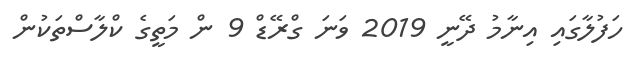
ހަފުލާގައި އިނާމު ދޭނީ 2019 ވަނަ ގްރޭޑް 9 ން މަތީގެ ކްލާސްތަކުން